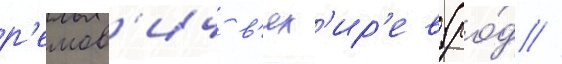
р'емов'ич в'ях'ир'ев (ро́д //